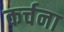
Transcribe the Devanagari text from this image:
कर्चना